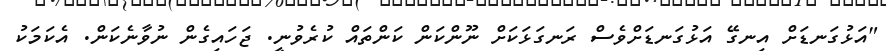
"އަޅުގަނޑަށް އިނގޭ އަޅުގަނޑަށްވެސް ރަނގަޅަކަށް ނޫންކަން ކަންތައް ކުރެވުނީ. ޖަހައިގެން ނުވާނެކަން. އެކަމަކު